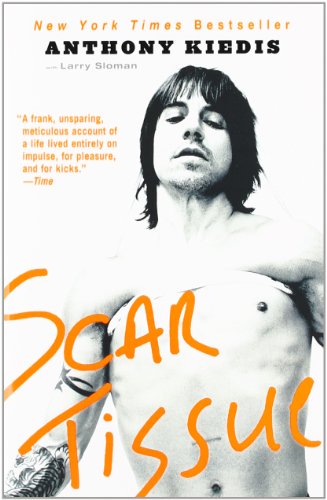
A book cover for Scar Tissue; Anthony Kiedis; Humor & Entertainment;